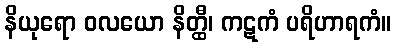
နိယုရော ဝလယော နိတ္ထီ၊ ကဋကံ ပရိဟာရကံ။